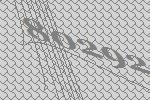
80292